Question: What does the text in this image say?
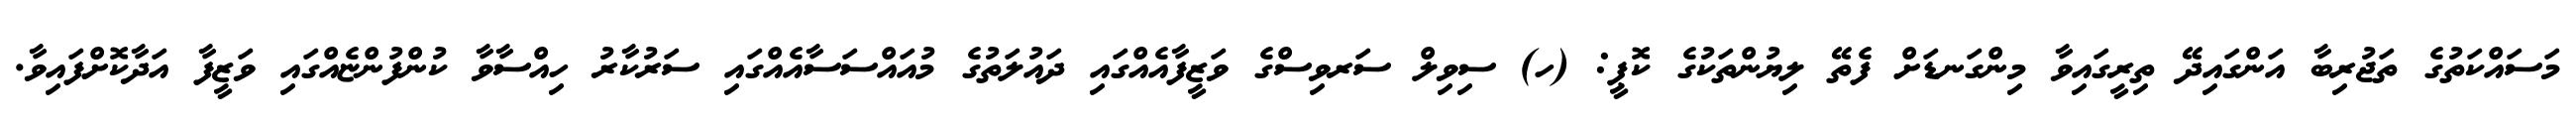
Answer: މަސައްކަތުގެ ތަޖުރިބާ އަންގައިދޭ ތިރީގައިވާ މިންގަނޑަށް ފެތޭ ލިޔުންތަކުގެ ކޮޕީ: (ހ) ސިވިލް ސަރވިސްގެ ވަޒީފާއެއްގައި ދައުލަތުގެ މުއައްސަސާއެއްގައި ސަރުކާރު ހިއްސާވާ ކުންފުންޏެއްގައި ވަޒީފާ އަދާކޮށްފައިވާ.